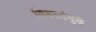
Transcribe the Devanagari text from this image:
विकारांमुळे